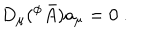
D _ { \mu } ( ^ { \phi } \bar { A } ) a _ { \mu } = 0 \ .